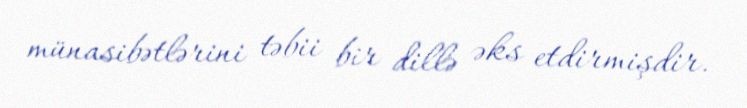
münasibətlərini təbii bir dillə əks etdirmişdir.